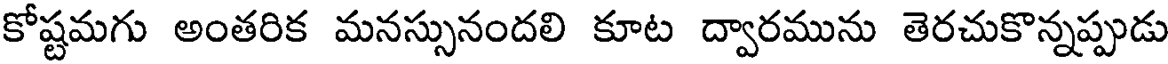
కోష్టమగు అంతరిక మనస్సునందలి కూట ద్వారమును తెరచుకొన్నప్పుడు